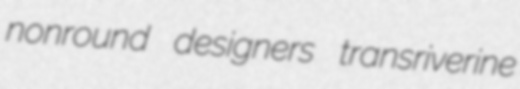
nonround designers transriverine